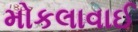
મોકલાવાઈ